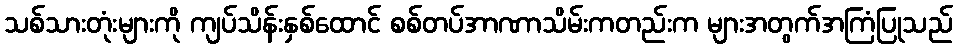
သစ်သားတုံးများကို ကျပ်သိန်းနှစ်ထောင် စစ်တပ်အာဏာသိမ်းကတည်းက များအတွက်အကြံပြုသည်